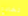
تخادع